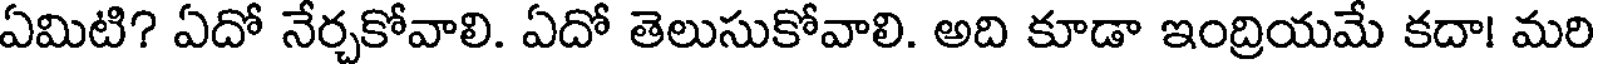
ఏమిటి? ఏదో నేర్చకోవాలి. ఏదో తెలుసుకోవాలి. అది కూడా ఇంద్రియమే కదా! మరి